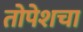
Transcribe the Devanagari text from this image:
तोपेशचा